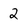
Character: 2